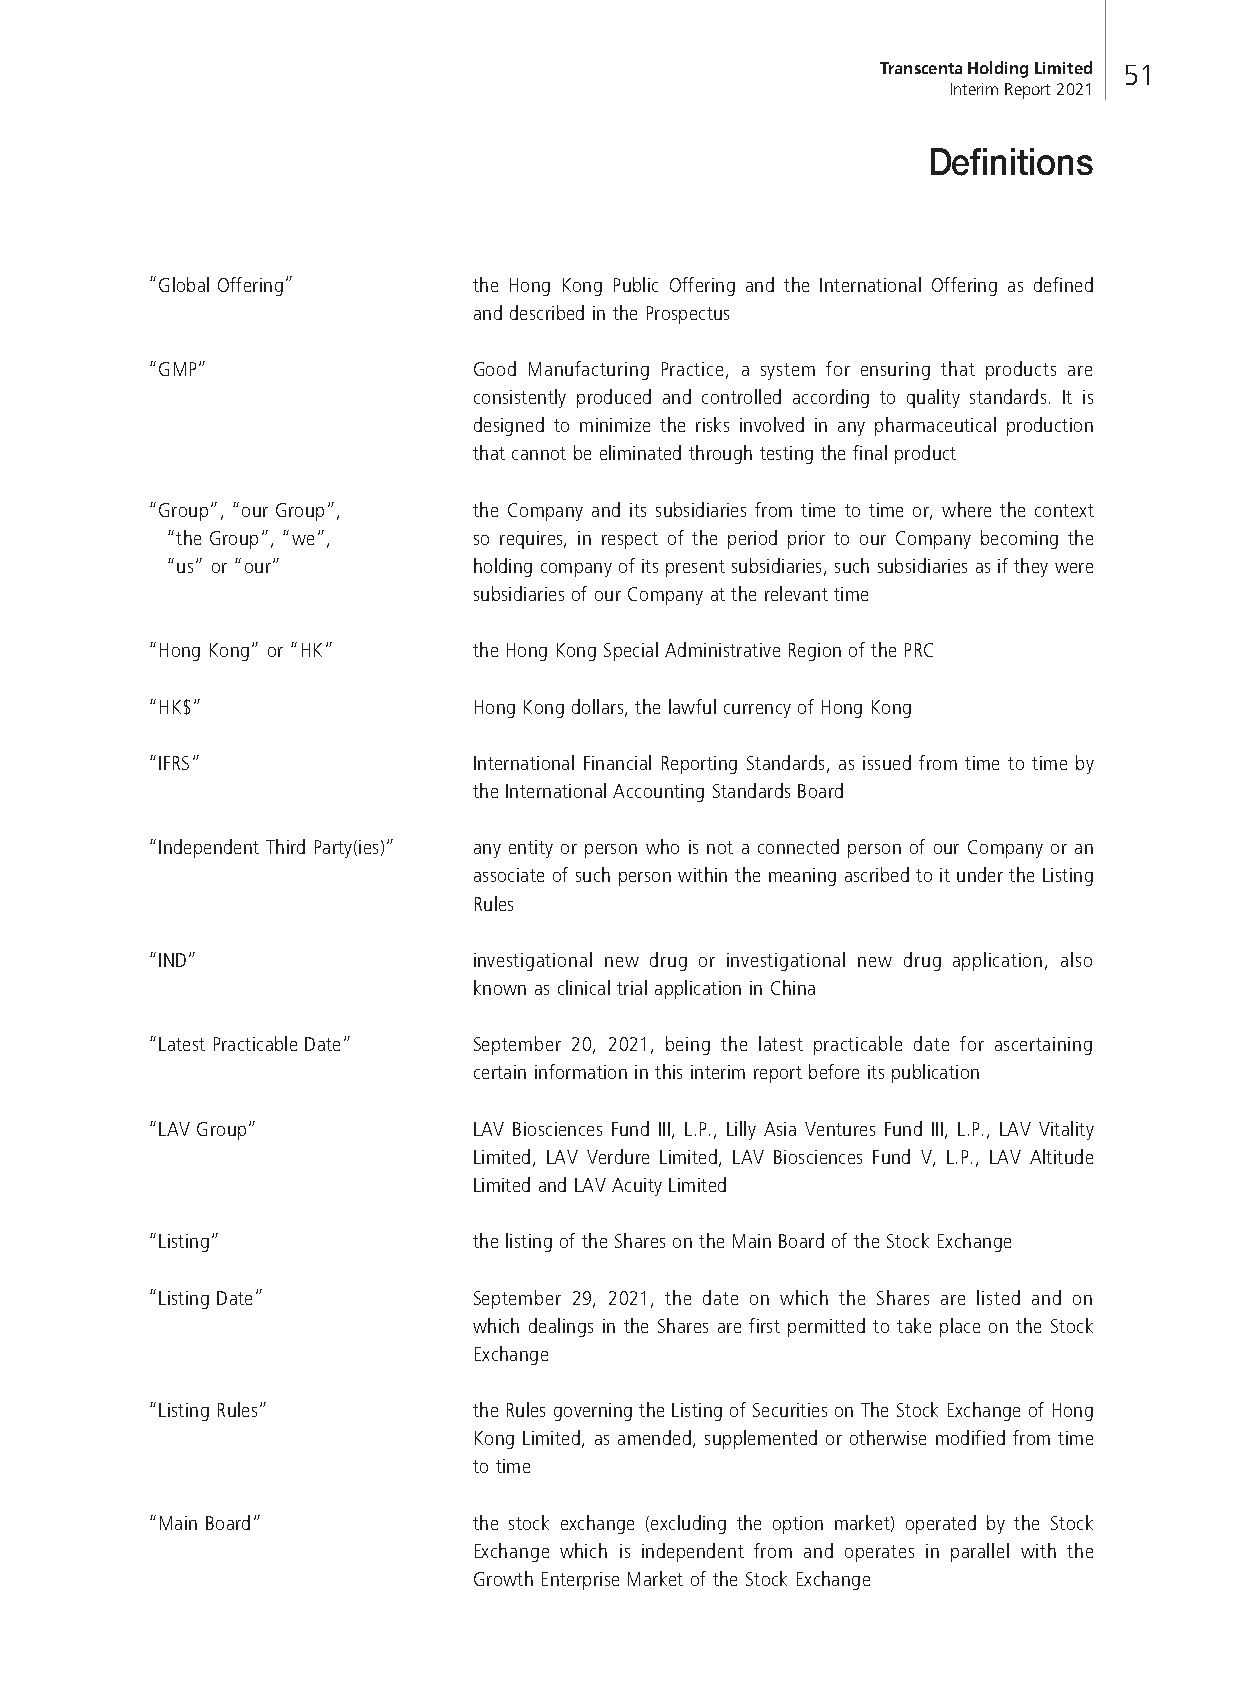
Transcenta Holding Limited 51
 Interim Report 2021
 Definitions
 “Global Offering”    the Hong Kong Public Offering and the International Offering as defined
 and described in the Prospectus
 “GMP”                Good Manufacturing Practice, a system for ensuring that products are
 consistently produced and controlled according to quality standards. It is
 designed to minimize the risks involved in any pharmaceutical production
 that cannot be eliminated through testing the final product
 “Group”, “our Group”, the Company and its subsidiaries from time to time or, where the context
 “the Group”, “we”,  so requires, in respect of the period prior to our Company becoming the
 “us” or “our”       holding company of its present subsidiaries, such subsidiaries as if they were
 subsidiaries of our Company at the relevant time
 “Hong Kong” or “HK”  the Hong Kong Special Administrative Region of the PRC
 “HK$”                Hong Kong dollars, the lawful currency of Hong Kong
 “IFRS”               International Financial Reporting Standards, as issued from time to time by
 the International Accounting Standards Board
 “Independent Third Party(ies)” any entity or person who is not a connected person of our Company or an
 associate of such person within the meaning ascribed to it under the Listing
 Rules
 “IND”                investigational new drug or investigational new drug application, also
 known as clinical trial application in China
 “Latest Practicable Date” September 20, 2021, being the latest practicable date for ascertaining
 certain information in this interim report before its publication
 “LAV Group”          LAV Biosciences Fund III, L.P., Lilly Asia Ventures Fund III, L.P., LAV Vitality
 Limited, LAV Verdure Limited, LAV Biosciences Fund V, L.P., LAV Altitude
 Limited and LAV Acuity Limited
 “Listing”            the listing of the Shares on the Main Board of the Stock Exchange
 “Listing Date”       September 29, 2021, the date on which the Shares are listed and on
 which dealings in the Shares are first permitted to take place on the Stock
 Exchange
 “Listing Rules”      the Rules governing the Listing of Securities on The Stock Exchange of Hong
 Kong Limited, as amended, supplemented or otherwise modified from time
 to time
 “Main Board”         the stock exchange (excluding the option market) operated by the Stock
 Exchange which is independent from and operates in parallel with the
 Growth Enterprise Market of the Stock Exchange